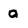
Character: o